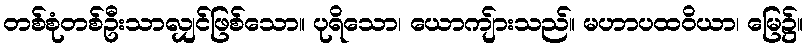
တစ်စုံတစ်ဦးသာလျှင်ဖြစ်သော။ ပုရိသော၊ ယောကျ်ားသည်။ မဟာပထဝိယာ၊ မြေ၌။